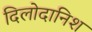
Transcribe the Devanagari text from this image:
दिलोदानिश